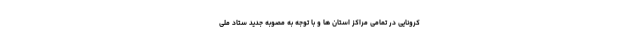
کرونایی در تمامی مراکز استان ها و با توجه به مصوبه جدید ستاد ملی